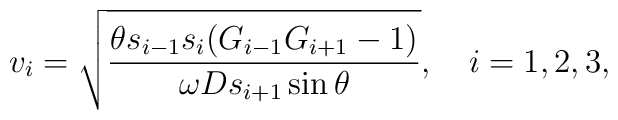
v_i=\sqrt{\frac{\theta s_{i-1}s_i(G_{i-1}G_{i+1}-1)}{\omega Ds_{i+1}\sin\theta}},\quad i=1,2,3,